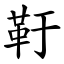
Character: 䩒